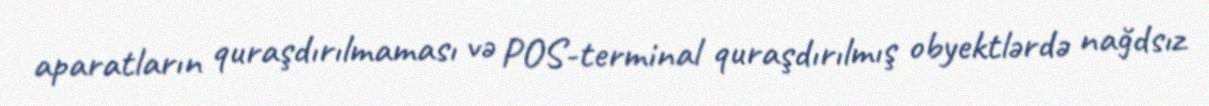
aparatların quraşdırılmaması və POS-terminal quraşdırılmış obyektlərdə nağdsız